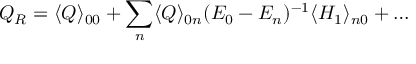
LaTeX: Q _ { R } = \langle Q \rangle _ { 0 0 } + \sum _ { n } \langle Q \rangle _ { 0 n } ( E _ { 0 } - E _ { n } ) ^ { - 1 } \langle H _ { 1 } \rangle _ { n 0 } + \dots